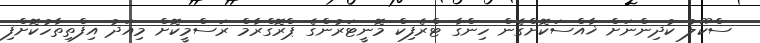
ސްކޫލު ކުދިންނަށް ޚާއްސަކޮށްގެން ހިންގާ ޓްރެފިކް މޮނީޓަރުންގެ ޕްރޮގްރާމް ރަސްމީކޮށް މިއަދު އިފްތިތާހުކޮށްފި